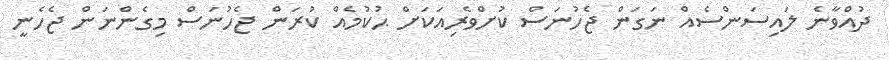
ދުއްވާނެ ލައިސަންސެއް ނަގަން ޖެހުނަސް ކުށްވެރިއަކަށް ޙުކުމެއް ކުރަން ޖެހުނަސް މިގެންނަން ޖެހެނީ